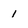
Character: 1